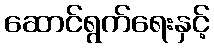
ဆောင်ရွက်ရေးနှင့်